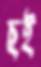
ছই